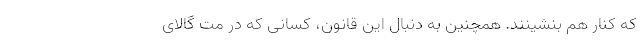
که کنار هم بنشینند. همچنین به دنبال این قانون، کسانی که در مت گالای